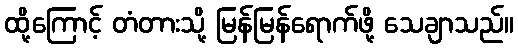
ထို့ကြောင့် တံတားသို့ မြန်မြန်ရောက်ဖို့ သေချာသည်။